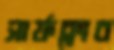
সার্ফক্লাব